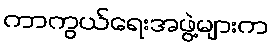
ကာကွယ်ရေးအဖွဲ့များက